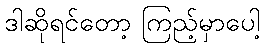
ဒါဆိုရင်တော့ ကြည့်မှာပေါ့